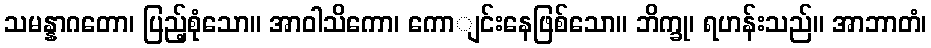
သမန္နာဂတော၊ ပြည့်စုံသော။ အာဝါသိကော၊ ကောျင်းနေဖြစ်သော။ ဘိက္ခု၊ ရဟန်းသည်။ အာဘာတံ၊